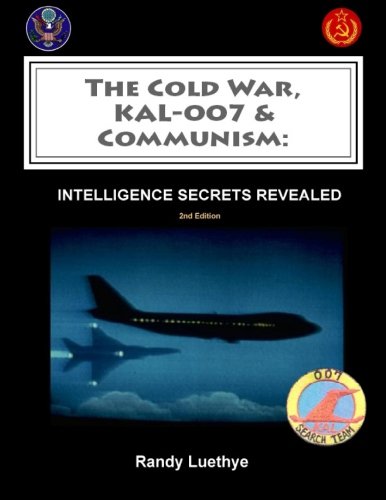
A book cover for The Cold War, KAL-007 & Communism: Intelligence Secrets Revealed; Randy Luethye; History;